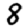
Digit: 8